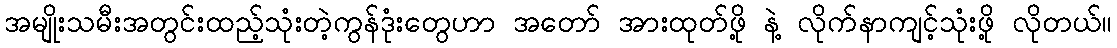
အမျိုးသမီးအတွင်းထည့်သုံးတဲ့ကွန်ဒုံးတွေဟာ အတော် အားထုတ်ဖို့ နဲ့ လိုက်နာကျင့်သုံးဖို့ လိုတယ်။